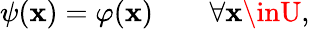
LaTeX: \psi(\mathbf{x})=\varphi(\mathbf{x})\qquad\forall\mathbf{x}\inU,